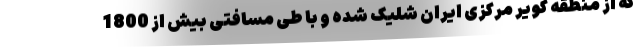
که از منطقه کویر مرکزی ایران شلیک شده و با طی مسافتی بیش از 1800